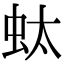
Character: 𧉑